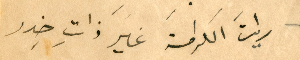
رايتَ الكرامةَ غيرَ ذاتِ خِدر